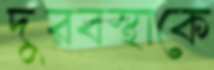
দুরবস্থাকে